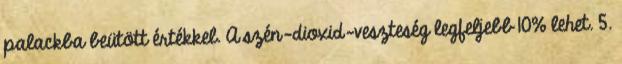
palackba beütött értékkel. A szén-dioxid-veszteség legfeljebb 10% lehet. 5.